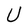
Character: U